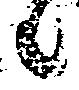
々